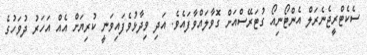
ސެކެޓްރީޖެނެރަލް އެންޓޯނިއޯ ގުޓަރޭސްއަށް ގޮވާލައްވާފައެވެ. އަދި ވިދާޅުވެފައިވަނީ ކުރިޔަށް އެއް އަހަރު ދުވަހުގެ